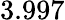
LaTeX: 3.997